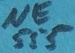
Text: NE555